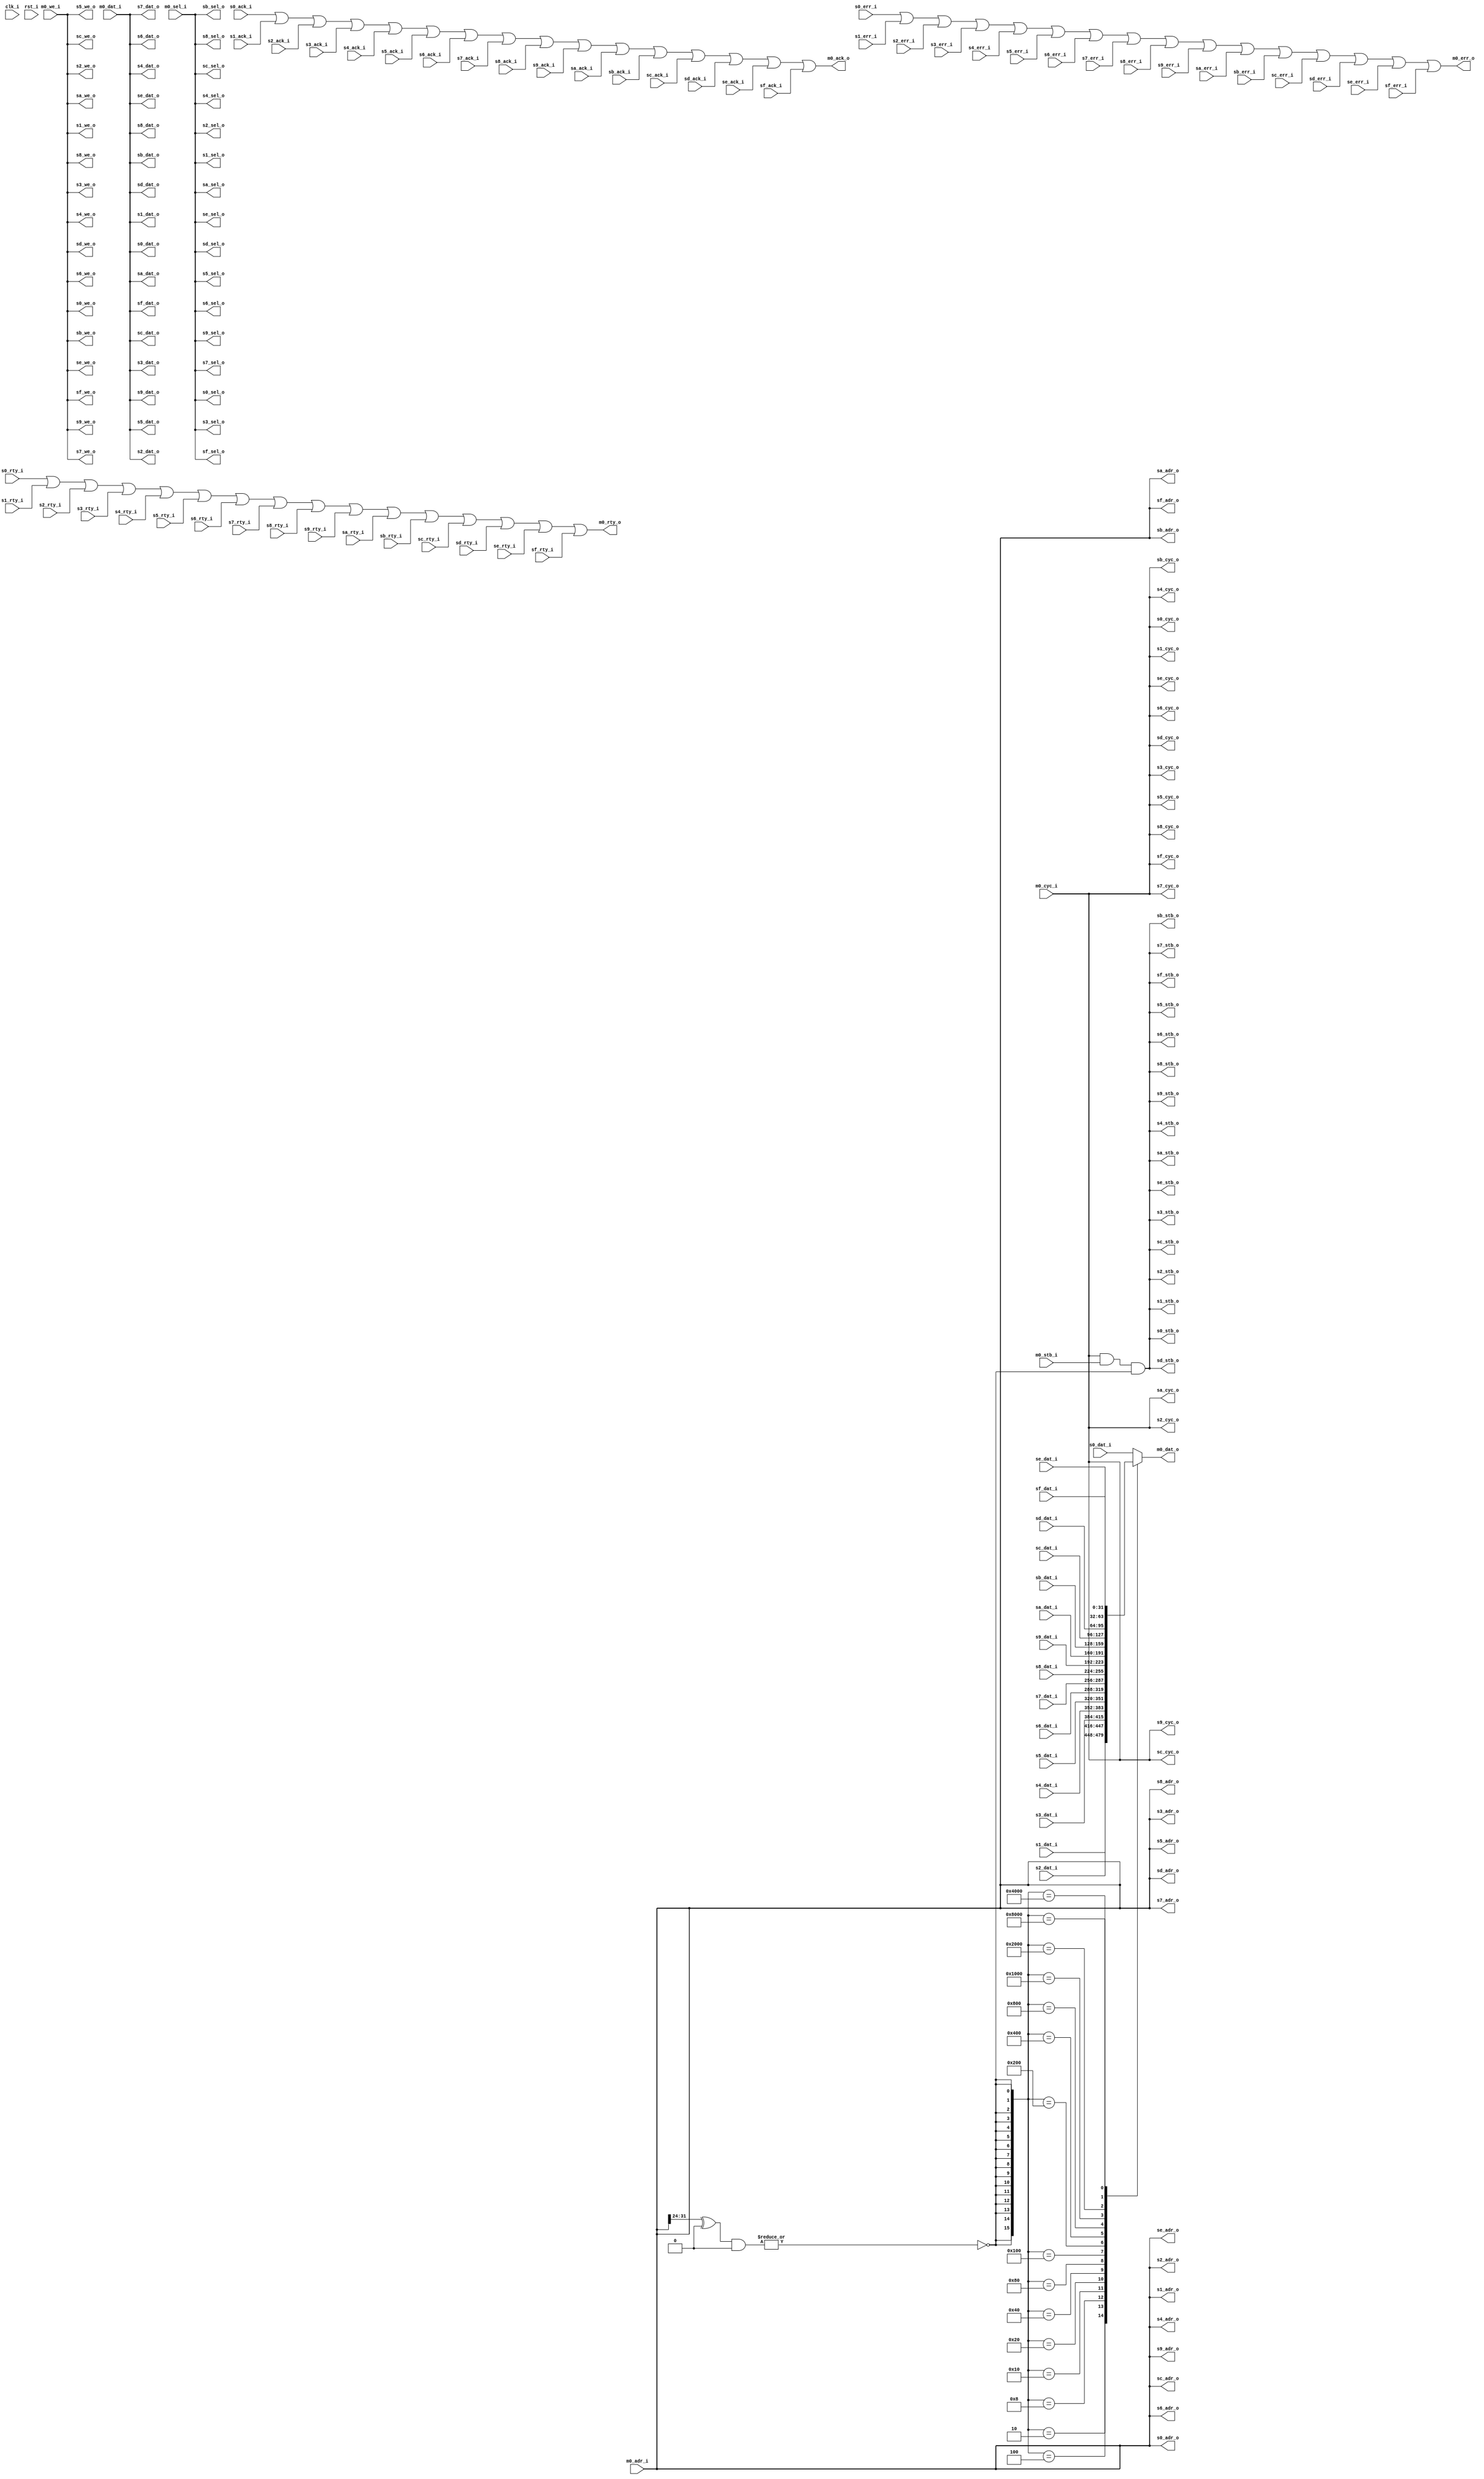
/////////////////////////////////////////////////////////////////////
////                                                             ////
////  WISHBONE Connection Bus Top Level		                 ////
////                                                             ////
////                                                             ////
////  Original Author: Johny Chi		                 ////
////                   chisuhua@yahoo.com.cn                     ////
////  Modified By Matt Ettus, matt@ettus.com                     ////
////                                                             ////
////                                                             ////
/////////////////////////////////////////////////////////////////////
////                                                              ////
//// Copyright (C) 2000, 2007 Authors and OPENCORES.ORG           ////
////                                                              ////
//// This source file may be used and distributed without         ////
//// restriction provided that this copyright statement is not    ////
//// removed from the file and that any derivative work contains  ////
//// the original copyright notice and the associated disclaimer. ////
////                                                              ////
//// This source file is free software; you can redistribute it   ////
//// and/or modify it under the terms of the GNU Lesser General   ////
//// Public License as published by the Free Software Foundation; ////
//// either version 2.1 of the License, or (at your option) any   ////
//// later version.                                               ////
////                                                              ////
//// This source is distributed in the hope that it will be       ////
//// useful, but WITHOUT ANY WARRANTY; without even the implied   ////
//// warranty of MERCHANTABILITY or FITNESS FOR A PARTICULAR      ////
//// PURPOSE.  See the GNU Lesser General Public License for more ////
//// details.                                                     ////
////                                                              ////
//// You should have received a copy of the GNU Lesser General    ////
//// Public License along with this source; if not, download it   ////
//// from http://www.opencores.org/lgpl.shtml                     ////
////                                                              ////
//////////////////////////////////////////////////////////////////////
//
//   Up to 8 slaves share a Wishbone Bus connection to 1 master

  module wb_1master
    #(parameter	decode_w = 8,			// address decode width
      parameter	s0_addr = 8'h0,			// slave 0 address
      parameter	s0_mask = 8'h0,			// slave 0 don't cares
      parameter	s1_addr = 8'h0,			// slave 1 address
      parameter	s1_mask = 8'h0,			// slave 1 don't cares
      parameter	s2_addr = 8'h0,			// slave 2 address
      parameter	s2_mask = 8'h0,			// slave 2 don't cares
      parameter	s3_addr = 8'h0,			// slave 3 address
      parameter	s3_mask = 8'h0,			// slave 3 don't cares
      parameter	s4_addr = 8'h0,			// slave 4 address
      parameter	s4_mask = 8'h0,			// slave 4 don't cares
      parameter	s5_addr = 8'h0,			// slave 5 address
      parameter	s5_mask = 8'h0,			// slave 5 don't cares
      parameter	s6_addr = 8'h0,			// slave 6 address
      parameter	s6_mask = 8'h0,			// slave 6 don't cares
      parameter	s7_addr = 8'h0,			// slave 7 address
      parameter	s7_mask = 8'h0,			// slave 7 don't cares
      parameter	s8_addr = 8'h0,			// slave 8 address
      parameter	s8_mask = 8'h0,			// slave 8 don't cares
      parameter	s9_addr = 8'h0,			// slave 9 address
      parameter	s9_mask = 8'h0,			// slave 9 don't cares
      parameter	sa_addr = 8'h0,			// slave a address
      parameter	sa_mask = 8'h0,			// slave a don't cares
      parameter	sb_addr = 8'h0,			// slave b address
      parameter	sb_mask = 8'h0,			// slave b don't cares
      parameter	sc_addr = 8'h0,			// slave c address
      parameter	sc_mask = 8'h0,			// slave c don't cares
      parameter	sd_addr = 8'h0,			// slave d address
      parameter	sd_mask = 8'h0,			// slave d don't cares
      parameter	se_addr = 8'h0,			// slave e address
      parameter	se_mask = 8'h0,			// slave e don't cares
      parameter	sf_addr = 8'h0,			// slave f address
      parameter	sf_mask = 8'h0,			// slave f don't cares
            
      parameter	dw = 32,		// Data bus Width
      parameter	aw = 32,		// Address bus Width
      parameter	sw = 4)                 // Number of Select Lines
      
      (input clk_i, 
       input rst_i,
       
       // Master  Interface
       input [dw-1:0]   m0_dat_i,
       output [dw-1:0] 	m0_dat_o,
       input [aw-1:0] 	m0_adr_i,
       input [sw-1:0] 	m0_sel_i,
       input 		m0_we_i,
       input 		m0_cyc_i,
       input 		m0_stb_i,
       output 		m0_ack_o,
       output 		m0_err_o,
       output 		m0_rty_o,
       
       // Slave Interfaces
       input [dw-1:0] 	s0_dat_i,
       output [dw-1:0] 	s0_dat_o,
       output [aw-1:0] 	s0_adr_o,
       output [sw-1:0] 	s0_sel_o,
       output 		s0_we_o,
       output 		s0_cyc_o,
       output 		s0_stb_o,
       input 		s0_ack_i,
       input 		s0_err_i,
       input 		s0_rty_i,
       
       input [dw-1:0] 	s1_dat_i,
       output [dw-1:0] 	s1_dat_o,
       output [aw-1:0] 	s1_adr_o,
       output [sw-1:0] 	s1_sel_o,
       output 		s1_we_o,
       output 		s1_cyc_o,
       output 		s1_stb_o,
       input 		s1_ack_i,
       input 		s1_err_i,
       input 		s1_rty_i,
       
       input [dw-1:0] 	s2_dat_i,
       output [dw-1:0] 	s2_dat_o,
       output [aw-1:0] 	s2_adr_o,
       output [sw-1:0] 	s2_sel_o,
       output 		s2_we_o,
       output 		s2_cyc_o,
       output 		s2_stb_o,
       input 		s2_ack_i,
       input 		s2_err_i,
       input 		s2_rty_i,
       
       input [dw-1:0] 	s3_dat_i,
       output [dw-1:0] 	s3_dat_o,
       output [aw-1:0] 	s3_adr_o,
       output [sw-1:0] 	s3_sel_o,
       output 		s3_we_o,
       output 		s3_cyc_o,
       output 		s3_stb_o,
       input 		s3_ack_i,
       input 		s3_err_i,
       input 		s3_rty_i,
       
       input [dw-1:0] 	s4_dat_i,
       output [dw-1:0] 	s4_dat_o,
       output [aw-1:0] 	s4_adr_o,
       output [sw-1:0] 	s4_sel_o,
       output 		s4_we_o,
       output 		s4_cyc_o,
       output 		s4_stb_o,
       input 		s4_ack_i,
       input 		s4_err_i,
       input 		s4_rty_i,
       
       input [dw-1:0] 	s5_dat_i,
       output [dw-1:0] 	s5_dat_o,
       output [aw-1:0] 	s5_adr_o,
       output [sw-1:0] 	s5_sel_o,
       output 		s5_we_o,
       output 		s5_cyc_o,
       output 		s5_stb_o,
       input 		s5_ack_i,
       input 		s5_err_i,
       input 		s5_rty_i,
       
       input [dw-1:0] 	s6_dat_i,
       output [dw-1:0] 	s6_dat_o,
       output [aw-1:0] 	s6_adr_o,
       output [sw-1:0] 	s6_sel_o,
       output 		s6_we_o,
       output 		s6_cyc_o,
       output 		s6_stb_o,
       input 		s6_ack_i,
       input 		s6_err_i,
       input 		s6_rty_i,
       
       input [dw-1:0] 	s7_dat_i,
       output [dw-1:0] 	s7_dat_o,
       output [aw-1:0] 	s7_adr_o,
       output [sw-1:0] 	s7_sel_o,
       output 		s7_we_o,
       output 		s7_cyc_o,
       output 		s7_stb_o,
       input 		s7_ack_i,
       input 		s7_err_i,
       input 		s7_rty_i,

       input [dw-1:0] 	s8_dat_i,
       output [dw-1:0] 	s8_dat_o,
       output [aw-1:0] 	s8_adr_o,
       output [sw-1:0] 	s8_sel_o,
       output 		s8_we_o,
       output 		s8_cyc_o,
       output 		s8_stb_o,
       input 		s8_ack_i,
       input 		s8_err_i,
       input 		s8_rty_i,
       
       input [dw-1:0] 	s9_dat_i,
       output [dw-1:0] 	s9_dat_o,
       output [aw-1:0] 	s9_adr_o,
       output [sw-1:0] 	s9_sel_o,
       output 		s9_we_o,
       output 		s9_cyc_o,
       output 		s9_stb_o,
       input 		s9_ack_i,
       input 		s9_err_i,
       input 		s9_rty_i,
       
       input [dw-1:0] 	sa_dat_i,
       output [dw-1:0] 	sa_dat_o,
       output [aw-1:0] 	sa_adr_o,
       output [sw-1:0] 	sa_sel_o,
       output 		sa_we_o,
       output 		sa_cyc_o,
       output 		sa_stb_o,
       input 		sa_ack_i,
       input 		sa_err_i,
       input 		sa_rty_i,
       
       input [dw-1:0] 	sb_dat_i,
       output [dw-1:0] 	sb_dat_o,
       output [aw-1:0] 	sb_adr_o,
       output [sw-1:0] 	sb_sel_o,
       output 		sb_we_o,
       output 		sb_cyc_o,
       output 		sb_stb_o,
       input 		sb_ack_i,
       input 		sb_err_i,
       input 		sb_rty_i,
       
       input [dw-1:0] 	sc_dat_i,
       output [dw-1:0] 	sc_dat_o,
       output [aw-1:0] 	sc_adr_o,
       output [sw-1:0] 	sc_sel_o,
       output 		sc_we_o,
       output 		sc_cyc_o,
       output 		sc_stb_o,
       input 		sc_ack_i,
       input 		sc_err_i,
       input 		sc_rty_i,
       
       input [dw-1:0] 	sd_dat_i,
       output [dw-1:0] 	sd_dat_o,
       output [aw-1:0] 	sd_adr_o,
       output [sw-1:0] 	sd_sel_o,
       output 		sd_we_o,
       output 		sd_cyc_o,
       output 		sd_stb_o,
       input 		sd_ack_i,
       input 		sd_err_i,
       input 		sd_rty_i,
       
       input [dw-1:0] 	se_dat_i,
       output [dw-1:0] 	se_dat_o,
       output [aw-1:0] 	se_adr_o,
       output [sw-1:0] 	se_sel_o,
       output 		se_we_o,
       output 		se_cyc_o,
       output 		se_stb_o,
       input 		se_ack_i,
       input 		se_err_i,
       input 		se_rty_i,
       
       input [dw-1:0] 	sf_dat_i,
       output [dw-1:0] 	sf_dat_o,
       output [aw-1:0] 	sf_adr_o,
       output [sw-1:0] 	sf_sel_o,
       output 		sf_we_o,
       output 		sf_cyc_o,
       output 		sf_stb_o,
       input 		sf_ack_i,
       input 		sf_err_i,
       input 		sf_rty_i
       );
   
   // ////////////////////////////////////////////////////////////////
   //
   // Local wires
   //
   
   wire [15:0] 		ssel_dec;
   reg [dw-1:0] 	i_dat_s;	// internal share bus , slave data to master
   
   // Master output Interface
   assign 		m0_dat_o = i_dat_s;
   
   always @*
     case(ssel_dec)
       1   : i_dat_s <= s0_dat_i;
       2   : i_dat_s <= s1_dat_i;
       4   : i_dat_s <= s2_dat_i;
       8   : i_dat_s <= s3_dat_i;
       16  : i_dat_s <= s4_dat_i;
       32  : i_dat_s <= s5_dat_i;
       64  : i_dat_s <= s6_dat_i;
       128 : i_dat_s <= s7_dat_i;
       256 : i_dat_s <= s8_dat_i;
       512 : i_dat_s <= s9_dat_i;
       1024 : i_dat_s <= sa_dat_i;
       2048 : i_dat_s <= sb_dat_i;
       4096 : i_dat_s <= sc_dat_i;
       8192 : i_dat_s <= sd_dat_i;
       16384 : i_dat_s <= se_dat_i;
       32768 : i_dat_s <= sf_dat_i;
       default : i_dat_s <= s0_dat_i;
     endcase // case(ssel_dec)
   
   assign 		{m0_ack_o, m0_err_o, m0_rty_o} 
     =  {s0_ack_i | s1_ack_i | s2_ack_i | s3_ack_i | s4_ack_i | s5_ack_i | s6_ack_i | s7_ack_i |
	 s8_ack_i | s9_ack_i | sa_ack_i | sb_ack_i | sc_ack_i | sd_ack_i | se_ack_i | sf_ack_i ,
	 s0_err_i | s1_err_i | s2_err_i | s3_err_i | s4_err_i | s5_err_i | s6_err_i | s7_err_i |
	 s8_err_i | s9_err_i | sa_err_i | sb_err_i | sc_err_i | sd_err_i | se_err_i | sf_err_i ,
	 s0_rty_i | s1_rty_i | s2_rty_i | s3_rty_i | s4_rty_i | s5_rty_i | s6_rty_i | s7_rty_i |
	 s8_rty_i | s9_rty_i | sa_rty_i | sb_rty_i | sc_rty_i | sd_rty_i | se_rty_i | sf_rty_i };

   // Slave output interfaces
   assign 		s0_adr_o = m0_adr_i;
   assign 		s0_sel_o = m0_sel_i;
   assign 		s0_dat_o = m0_dat_i;
   assign 		s0_we_o = m0_we_i;
   assign 		s0_cyc_o = m0_cyc_i;
   assign 		s0_stb_o = m0_cyc_i & m0_stb_i & ssel_dec[0];   
   
   assign 		s1_adr_o = m0_adr_i;
   assign 		s1_sel_o = m0_sel_i;
   assign 		s1_dat_o = m0_dat_i;
   assign 		s1_we_o = m0_we_i;
   assign 		s1_cyc_o = m0_cyc_i;
   assign 		s1_stb_o = m0_cyc_i & m0_stb_i & ssel_dec[1];   
   
   assign 		s2_adr_o = m0_adr_i;
   assign 		s2_sel_o = m0_sel_i;
   assign 		s2_dat_o = m0_dat_i;
   assign 		s2_we_o = m0_we_i;
   assign 		s2_cyc_o = m0_cyc_i;
   assign 		s2_stb_o = m0_cyc_i & m0_stb_i & ssel_dec[2];   
   
   assign 		s3_adr_o = m0_adr_i;
   assign 		s3_sel_o = m0_sel_i;
   assign 		s3_dat_o = m0_dat_i;
   assign 		s3_we_o = m0_we_i;
   assign 		s3_cyc_o = m0_cyc_i;
   assign 		s3_stb_o = m0_cyc_i & m0_stb_i & ssel_dec[3];   
   
   assign 		s4_adr_o = m0_adr_i;
   assign 		s4_sel_o = m0_sel_i;
   assign 		s4_dat_o = m0_dat_i;
   assign 		s4_we_o = m0_we_i;
   assign 		s4_cyc_o = m0_cyc_i;
   assign 		s4_stb_o = m0_cyc_i & m0_stb_i & ssel_dec[4];   
   
   assign 		s5_adr_o = m0_adr_i;
   assign 		s5_sel_o = m0_sel_i;
   assign 		s5_dat_o = m0_dat_i;
   assign 		s5_we_o = m0_we_i;
   assign 		s5_cyc_o = m0_cyc_i;
   assign 		s5_stb_o = m0_cyc_i & m0_stb_i & ssel_dec[5];   
   
   assign 		s6_adr_o = m0_adr_i;
   assign 		s6_sel_o = m0_sel_i;
   assign 		s6_dat_o = m0_dat_i;
   assign 		s6_we_o = m0_we_i;
   assign 		s6_cyc_o = m0_cyc_i;
   assign 		s6_stb_o = m0_cyc_i & m0_stb_i & ssel_dec[6];   
   
   assign 		s7_adr_o = m0_adr_i;
   assign 		s7_sel_o = m0_sel_i;
   assign 		s7_dat_o = m0_dat_i;
   assign 		s7_we_o = m0_we_i;
   assign 		s7_cyc_o = m0_cyc_i;
   assign 		s7_stb_o = m0_cyc_i & m0_stb_i & ssel_dec[7];   
   
   assign 		s8_adr_o = m0_adr_i;
   assign 		s8_sel_o = m0_sel_i;
   assign 		s8_dat_o = m0_dat_i;
   assign 		s8_we_o = m0_we_i;
   assign 		s8_cyc_o = m0_cyc_i;
   assign 		s8_stb_o = m0_cyc_i & m0_stb_i & ssel_dec[8];   
   
   assign 		s9_adr_o = m0_adr_i;
   assign 		s9_sel_o = m0_sel_i;
   assign 		s9_dat_o = m0_dat_i;
   assign 		s9_we_o = m0_we_i;
   assign 		s9_cyc_o = m0_cyc_i;
   assign 		s9_stb_o = m0_cyc_i & m0_stb_i & ssel_dec[9];   
   
   assign 		sa_adr_o = m0_adr_i;
   assign 		sa_sel_o = m0_sel_i;
   assign 		sa_dat_o = m0_dat_i;
   assign 		sa_we_o = m0_we_i;
   assign 		sa_cyc_o = m0_cyc_i;
   assign 		sa_stb_o = m0_cyc_i & m0_stb_i & ssel_dec[10];   
   
   assign 		sb_adr_o = m0_adr_i;
   assign 		sb_sel_o = m0_sel_i;
   assign 		sb_dat_o = m0_dat_i;
   assign 		sb_we_o = m0_we_i;
   assign 		sb_cyc_o = m0_cyc_i;
   assign 		sb_stb_o = m0_cyc_i & m0_stb_i & ssel_dec[11];   
   
   assign 		sc_adr_o = m0_adr_i;
   assign 		sc_sel_o = m0_sel_i;
   assign 		sc_dat_o = m0_dat_i;
   assign 		sc_we_o = m0_we_i;
   assign 		sc_cyc_o = m0_cyc_i;
   assign 		sc_stb_o = m0_cyc_i & m0_stb_i & ssel_dec[12];   
   
   assign 		sd_adr_o = m0_adr_i;
   assign 		sd_sel_o = m0_sel_i;
   assign 		sd_dat_o = m0_dat_i;
   assign 		sd_we_o = m0_we_i;
   assign 		sd_cyc_o = m0_cyc_i;
   assign 		sd_stb_o = m0_cyc_i & m0_stb_i & ssel_dec[13];   
   
   assign 		se_adr_o = m0_adr_i;
   assign 		se_sel_o = m0_sel_i;
   assign 		se_dat_o = m0_dat_i;
   assign 		se_we_o = m0_we_i;
   assign 		se_cyc_o = m0_cyc_i;
   assign 		se_stb_o = m0_cyc_i & m0_stb_i & ssel_dec[14];   
   
   assign 		sf_adr_o = m0_adr_i;
   assign 		sf_sel_o = m0_sel_i;
   assign 		sf_dat_o = m0_dat_i;
   assign 		sf_we_o = m0_we_i;
   assign 		sf_cyc_o = m0_cyc_i;
   assign 		sf_stb_o = m0_cyc_i & m0_stb_i & ssel_dec[15];   
   
   // Address decode logic
   // WARNING -- must make sure these are mutually exclusive!


   assign 		ssel_dec[0] = ~|((m0_adr_i[aw-1:aw-decode_w] ^ s0_addr) & s0_mask);
   assign 		ssel_dec[1] = ~|((m0_adr_i[aw-1:aw-decode_w] ^ s1_addr) & s1_mask);
   assign 		ssel_dec[2] = ~|((m0_adr_i[aw-1:aw-decode_w] ^ s2_addr) & s2_mask);
   assign 		ssel_dec[3] = ~|((m0_adr_i[aw-1:aw-decode_w] ^ s3_addr) & s3_mask);
   assign 		ssel_dec[4] = ~|((m0_adr_i[aw-1:aw-decode_w] ^ s4_addr) & s4_mask);
   assign 		ssel_dec[5] = ~|((m0_adr_i[aw-1:aw-decode_w] ^ s5_addr) & s5_mask);
   assign 		ssel_dec[6] = ~|((m0_adr_i[aw-1:aw-decode_w] ^ s6_addr) & s6_mask);
   assign 		ssel_dec[7] = ~|((m0_adr_i[aw-1:aw-decode_w] ^ s7_addr) & s7_mask);
   assign 		ssel_dec[8] = ~|((m0_adr_i[aw-1:aw-decode_w] ^ s8_addr) & s8_mask);
   assign 		ssel_dec[9] = ~|((m0_adr_i[aw-1:aw-decode_w] ^ s9_addr) & s9_mask);
   assign 		ssel_dec[10] = ~|((m0_adr_i[aw-1:aw-decode_w] ^ sa_addr) & sa_mask);
   assign 		ssel_dec[11] = ~|((m0_adr_i[aw-1:aw-decode_w] ^ sb_addr) & sb_mask);
   assign 		ssel_dec[12] = ~|((m0_adr_i[aw-1:aw-decode_w] ^ sc_addr) & sc_mask);
   assign 		ssel_dec[13] = ~|((m0_adr_i[aw-1:aw-decode_w] ^ sd_addr) & sd_mask);
   assign 		ssel_dec[14] = ~|((m0_adr_i[aw-1:aw-decode_w] ^ se_addr) & se_mask);
   assign 		ssel_dec[15] = ~|((m0_adr_i[aw-1:aw-decode_w] ^ sf_addr) & sf_mask);

/*
   assign 		ssel_dec[0] = (m0_adr_i[aw -1 : aw - decode_w ] == s0_addr);
   assign 		ssel_dec[1] = (m0_adr_i[aw -1 : aw - decode_w ] == s1_addr);
   assign 		ssel_dec[2] = (m0_adr_i[aw -1 : aw - decode_w ] == s2_addr);
   assign 		ssel_dec[3] = (m0_adr_i[aw -1 : aw - decode_w ] == s3_addr);
   assign 		ssel_dec[4] = (m0_adr_i[aw -1 : aw - decode_w ] == s4_addr);
   assign 		ssel_dec[5] = (m0_adr_i[aw -1 : aw - decode_w ] == s5_addr);
   assign 		ssel_dec[6] = (m0_adr_i[aw -1 : aw - decode_w ] == s6_addr);
   assign 		ssel_dec[7] = (m0_adr_i[aw -1 : aw - decode_w ] == s7_addr);
   assign 		ssel_dec[8] = (m0_adr_i[aw -1 : aw - decode_w ] == s8_addr);
   assign 		ssel_dec[9] = (m0_adr_i[aw -1 : aw - decode_w ] == s9_addr);
   assign 		ssel_dec[10] = (m0_adr_i[aw -1 : aw - decode_w ] == sa_addr);
   assign 		ssel_dec[11] = (m0_adr_i[aw -1 : aw - decode_w ] == sb_addr);
   assign 		ssel_dec[12] = (m0_adr_i[aw -1 : aw - decode_w ] == sc_addr);
   assign 		ssel_dec[13] = (m0_adr_i[aw -1 : aw - decode_w ] == sd_addr);
   assign 		ssel_dec[14] = (m0_adr_i[aw -1 : aw - decode_w ] == se_addr);
   assign 		ssel_dec[15] = (m0_adr_i[aw -1 : aw - decode_w ] == sf_addr);
 */ 
endmodule // wb_1master